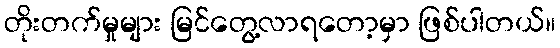
တိုးတက်မှုများ မြင်တွေ့လာရတော့မှာ ဖြစ်ပါတယ်။